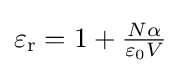
\varepsilon _{\mathrm {r} }=1+{\tfrac {N\alpha }{\varepsilon _{0}V}}